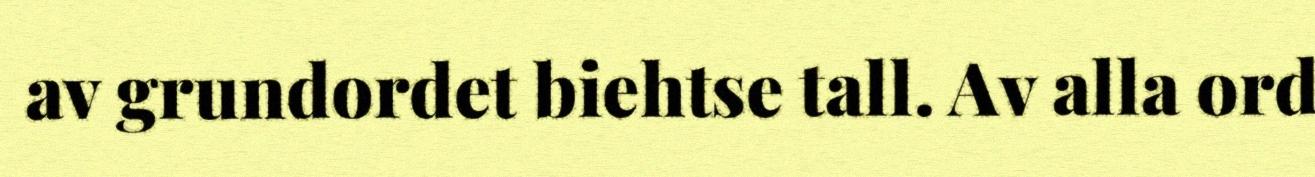
av grundordet biehtse tall. Av alla ord